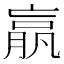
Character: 𣎆